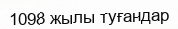
1098 жылы туғандар